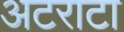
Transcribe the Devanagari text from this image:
अटराटा